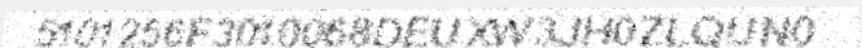
5101256F3010068DEUXW3JH0ZLQUN0